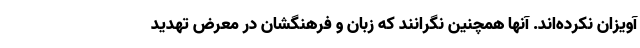
آویزان نکرده‌اند. آنها همچنین نگرانند که زبان و فرهنگشان در معرض تهدید